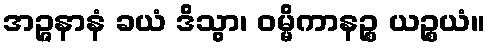
အဉ္ဇနာနံ ခယံ ဒိသွာ၊ ဝမ္မိကာနဉ္စ ယဉ္စယံ။